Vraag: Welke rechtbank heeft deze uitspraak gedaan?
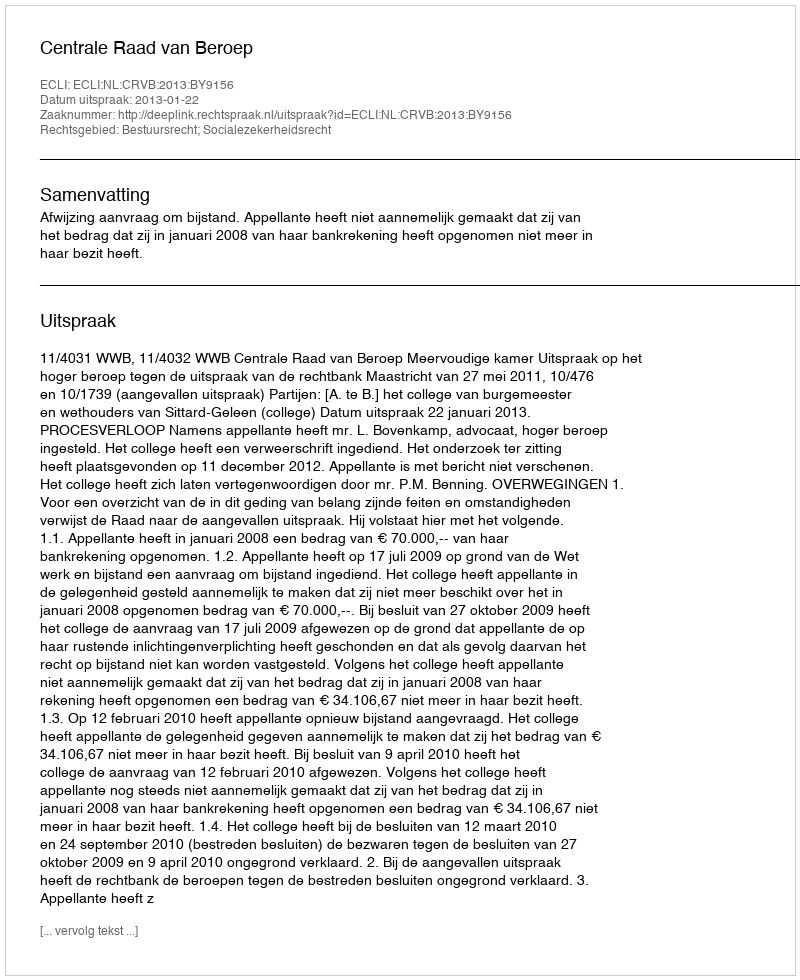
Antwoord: Centrale Raad van Beroep